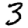
Digit: 3